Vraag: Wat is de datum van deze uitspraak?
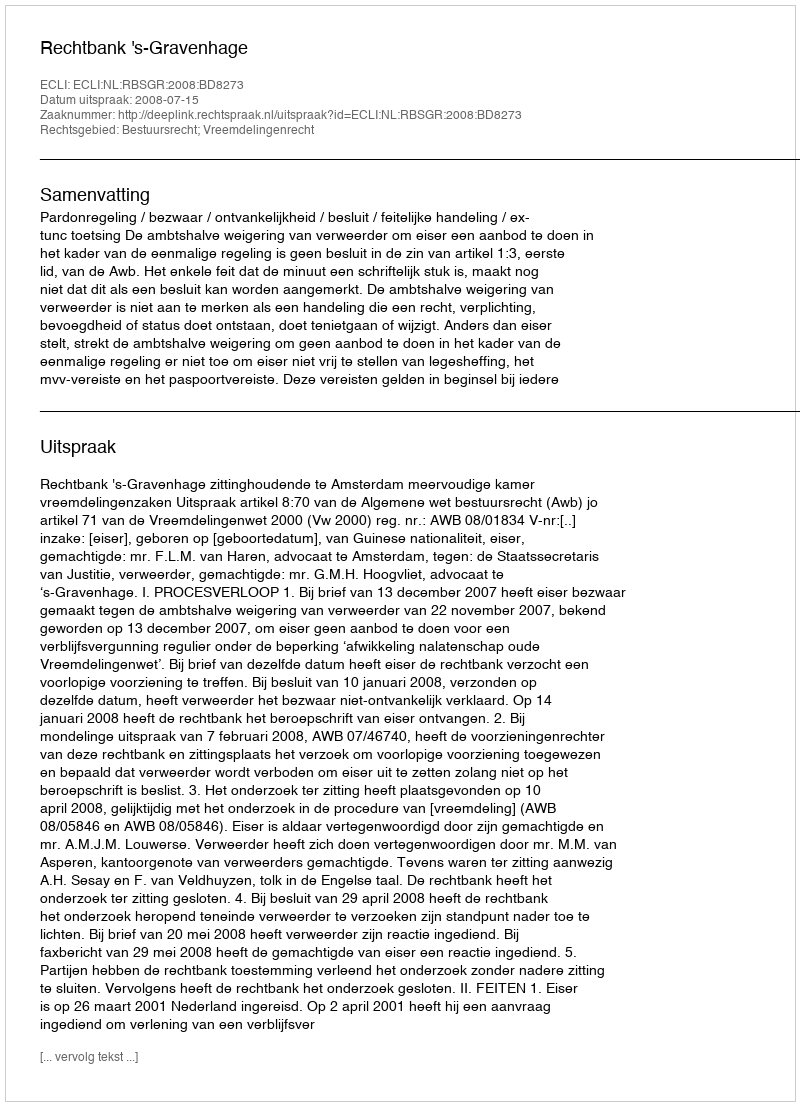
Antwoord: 2008-07-15